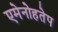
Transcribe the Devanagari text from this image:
एमेनोहतेप